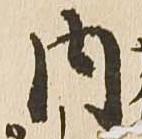
内